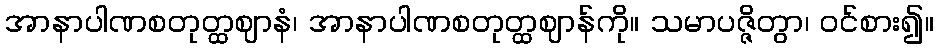
အာနာပါဏစတုတ္ထဈာနံ၊ အာနာပါဏစတုတ္ထဈာန်ကို။ သမာပဇ္ဇိတွာ၊ ဝင်စား၍။